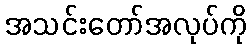
အသင်းတော်အလုပ်ကို